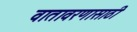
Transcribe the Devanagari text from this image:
वातावरणासाठी